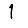
Digit: 1